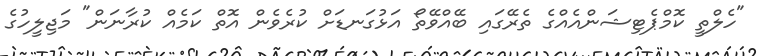
"ހެލްތީ ކޮމްޕެޓިޝަންއެއްގެ ތެރޭގައި ބޭއްވޭތޯ އަޅުގަނޑަށް ކުރެވެން އޮތް ކަމެއް ކުރާނަން" މަޖިލީހުގެ